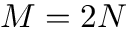
M = 2 N